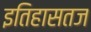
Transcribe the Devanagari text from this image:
इतिहासतज